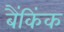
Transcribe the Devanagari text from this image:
बैंकिंक